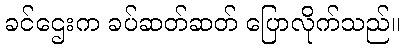
ခင်ဌေးက ခပ်ဆတ်ဆတ် ပြောလိုက်သည်။